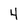
Character: 4